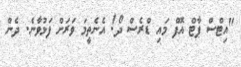
"އިޓްސް ޕާޓް އޮފް މައި ޑްރެސް ދޯ! އެނެތީމަ ވަރަށް ފަޅުވާނެ. ދެން